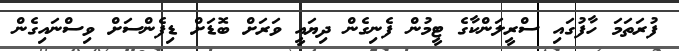
ފުރަތަމަ ހާފުގައި ސްރީލަންކާގެ ޓީމުން ފެނިގެން ދިޔައީ ވަރަށް ބޮޑަށް ޑިފެންސަށް ވިސްނައިގެން